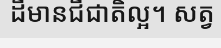
ដីមានជីជាតិល្អ។ សត្វ